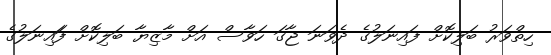
ހިތްވަރު ބަލިކޮށް ފައިނަލުގެ ދެވަނަ ޖާގަ ހަވާސް އަށް މާޒިޔާ ބަލިކޮށް ފަައިނަލުގެ